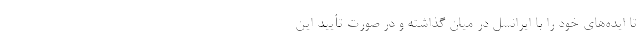
تا ایده‌های خود را با ایرانسل در میان گذاشته و در صورت تأیید این